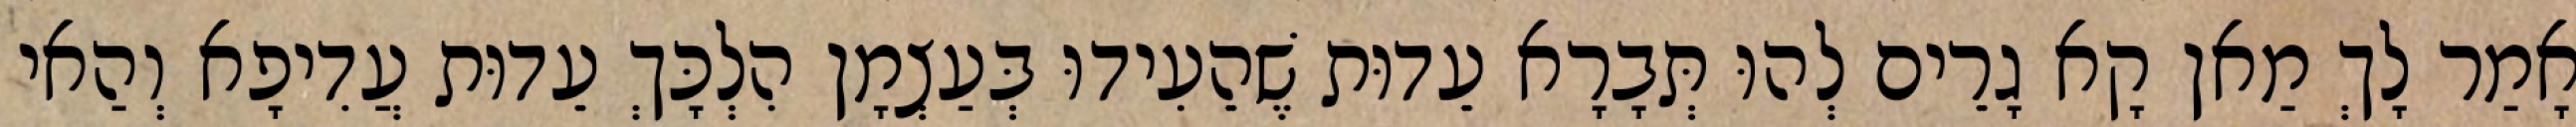
אָמַר לָךְ מַאן קָא גָרֵים לְהוּ תְּבָרָא עֵדוּת שֶׁהֵעִידוּ בְּעַצְמָן הִלְכָּךְ עֵדוּת עֲדִיפָא וְהַאי